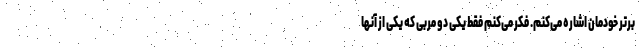
برتر خودمان اشاره می‌کنم. فکر می‌کنم فقط یکی دو مربی که یکی از آنها